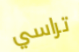
تراسي